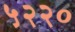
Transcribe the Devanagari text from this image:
५२२०